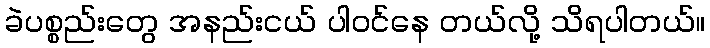
ခဲပစ္စည်းတွေ အနည်းငယ် ပါဝင်နေ တယ်လို့ သိရပါတယ်။